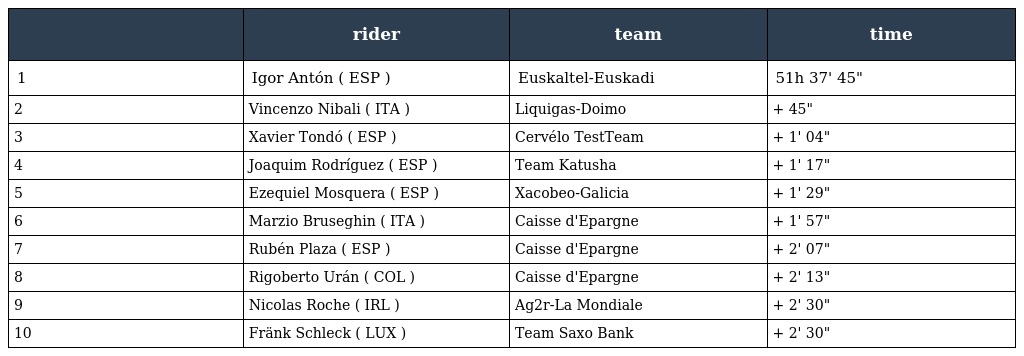
|  | rider | team | time |
 | --- | --- | --- | --- |
 | 1 | Igor Antón ( ESP ) | Euskaltel-Euskadi | 51h 37' 45" |
 | 2 | Vincenzo Nibali ( ITA ) | Liquigas-Doimo | + 45" |
 | 3 | Xavier Tondó ( ESP ) | Cervélo TestTeam | + 1' 04" |
 | 4 | Joaquim Rodríguez ( ESP ) | Team Katusha | + 1' 17" |
 | 5 | Ezequiel Mosquera ( ESP ) | Xacobeo-Galicia | + 1' 29" |
 | 6 | Marzio Bruseghin ( ITA ) | Caisse d'Epargne | + 1' 57" |
 | 7 | Rubén Plaza ( ESP ) | Caisse d'Epargne | + 2' 07" |
 | 8 | Rigoberto Urán ( COL ) | Caisse d'Epargne | + 2' 13" |
 | 9 | Nicolas Roche ( IRL ) | Ag2r-La Mondiale | + 2' 30" |
 | 10 | Fränk Schleck ( LUX ) | Team Saxo Bank | + 2' 30" |